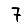
Digit: 7